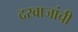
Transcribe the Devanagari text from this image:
दरवाजांची